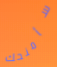
سأمنحك